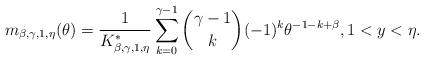
LaTeX: \begin{align*}m_{\beta,\gamma,1,\eta}(\theta) =\frac{1}{K^*_{\beta,\gamma,1,\eta}} \sum_{k=0}^{\gamma-1}{\gamma-1\choose k}(-1)^{k}\theta^{-1-k+\beta},1<y<\eta .\end{align*}